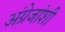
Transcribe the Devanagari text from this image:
अंग्रेजांशी